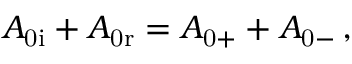
A _ { \mathrm { 0 i } } + A _ { \mathrm { 0 r } } = A _ { \mathrm { 0 + } } + A _ { \mathrm { 0 - } } \, ,